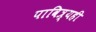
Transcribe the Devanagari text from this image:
पावित्र्यही